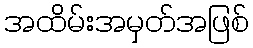
အထိမ်းအမှတ်အဖြစ်